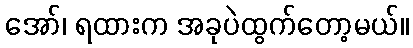
အော်၊ ရထားက အခုပဲထွက်တော့မယ်။